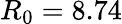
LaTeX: R_{0}=8.74